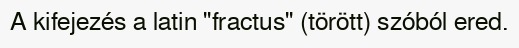
A kifejezés a latin "fractus" (törött) szóból ered.